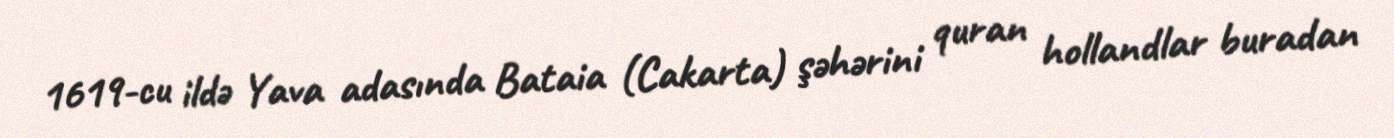
1619-cu ildə Yava adasında Bataia (Cakarta) şəhərini quran hollandlar buradan